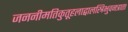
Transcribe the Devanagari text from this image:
जननीमतिकुतूहलाद्बालस्त्रिभुवनत्राता